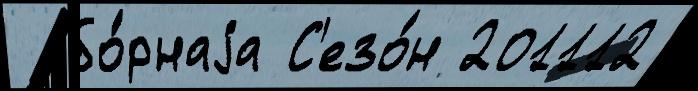
 сбо́рнаjа С'езо́н 201112